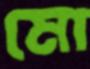
মো